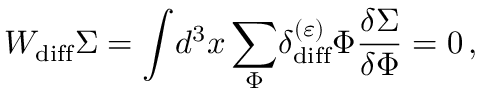
{ \cal W } _ { \mathrm { d i f f } } \Sigma = \displaystyle { \int } d ^ { 3 } x \, \displaystyle { \sum _ { \Phi } ^ { } } \delta _ { \mathrm { d i f f } } ^ { ( \varepsilon ) } \Phi { \displaystyle { \frac { \delta \Sigma } { \delta \Phi } } } = 0 \, ,